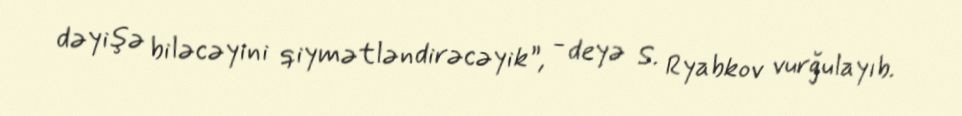
dəyişə biləcəyini qiymətləndirəcəyik”, - deyə S. Ryabkov vurğulayıb.